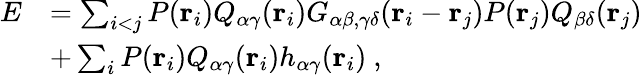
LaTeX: \begin{array}{rl}{E}&{=\sum_{i<j}P({\mathbf r}_{i})Q_{\alpha\gamma}({\mathbf r}_{i})G_{\alpha\beta,\gamma\delta}({\mathbf r}_{i}-{\mathbf r}_{j})P({\mathbf r}_{j})Q_{\beta\delta}({\mathbf r}_{j})}\\ &{+\sum_{i}P({\mathbf r}_{i})Q_{\alpha\gamma}({\mathbf r}_{i})h_{\alpha\gamma}({\mathbf r}_{i})~,}\end{array}